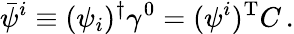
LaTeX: \bar{\psi}^{i}\equiv(\psi_{i})^{\dagger}\gamma^{0}=(\psi^{i})^{\mathrm{T}}C\, .